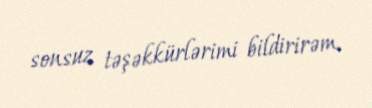
sonsuz təşəkkürlərimi bildirirəm.